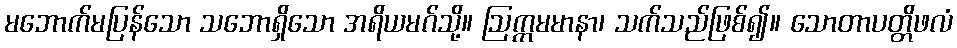
မဘောက်မပြန်သော သဘောရှိသော အရိယမဂ်သို့။ ဩက္ကမမာနာ၊ သက်သည်ဖြစ်၍။ သောတာပတ္တိဖလံ